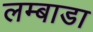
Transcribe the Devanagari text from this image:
लम्बाडा